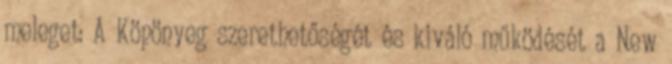
meleget: A Köpönyeg szerethetőségét és kiváló működését a New